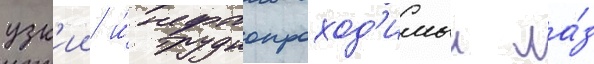
узк'ии и́ труднопроход'имыи ла́з